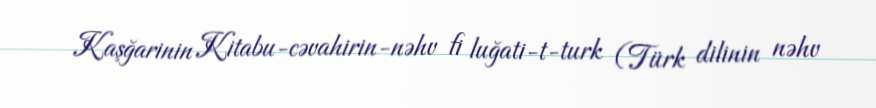
Kaşğarinin Kitabu-cəvahirin-nəhv fi luğati-t-turk (Türk dilinin nəhv